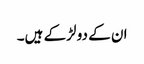
ان کے دو لڑکے ہیں۔